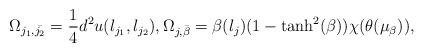
LaTeX: \begin{align*}\Omega_{j_1,\bar{j_2}} =\frac{1}{4}d^2u(l_{j_1},l_{j_2}), \Omega_{j,\bar{\beta}} = \beta(l_j)(1-\tanh^2(\beta))\chi(\theta(\mu_{\beta})),\end{align*}